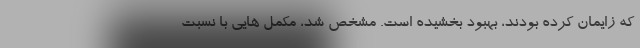
که زایمان کرده بودند، بهبود بخشیده است. مشخص شد، مکمل هایی با نسبت